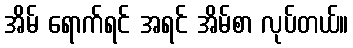
အိမ် ရောက်ရင် အရင် အိမ်စာ လုပ်တယ်။